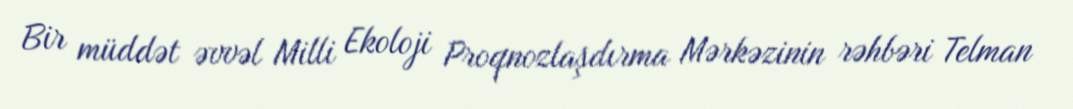
Bir müddət əvvəl Milli Ekoloji Proqnozlaşdırma Mərkəzinin rəhbəri Telman